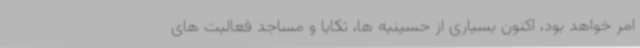
امر خواهد بود، اکنون بسیاری از حسینیه ها، تکایا و مساجد فعالیت های